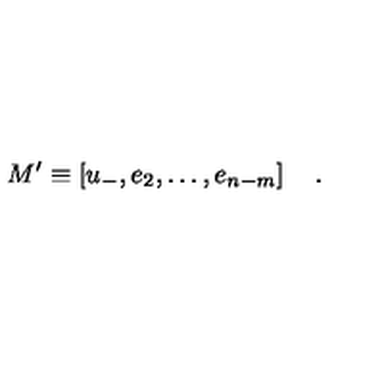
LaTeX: M ^ { \prime } \equiv \left[ u _ { - } , e _ { 2 } , \ldots , e _ { n - m } \right] \quad .